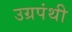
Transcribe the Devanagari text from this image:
उग्रपंथी